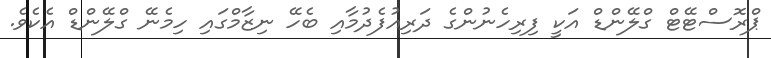
ޕްރޮސްޓޭޓް ގްލޭންޑް އަކީ ފިރިހެނުންގެ ދަރިއުފެދުމާއި ބެހޭ ނިޒާމްގައި ހިމެނޭ ގްލޭންޑް އެކެވެ.